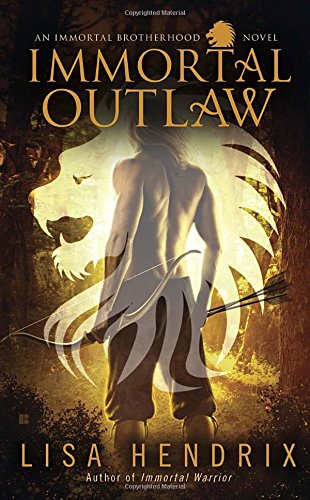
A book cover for Immortal Outlaw (Immortal Brotherhood); Lisa Hendrix; Romance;